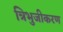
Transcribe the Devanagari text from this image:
त्रिभुजीकरण